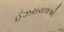
ઈઝરાયલએ